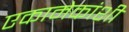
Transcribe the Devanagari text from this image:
एकामेकांशी